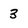
Character: 3